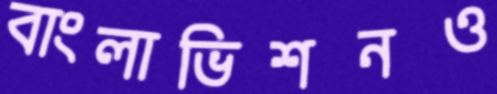
বাংলাভিশনও